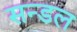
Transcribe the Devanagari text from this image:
सन्डल